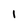
Character: 1